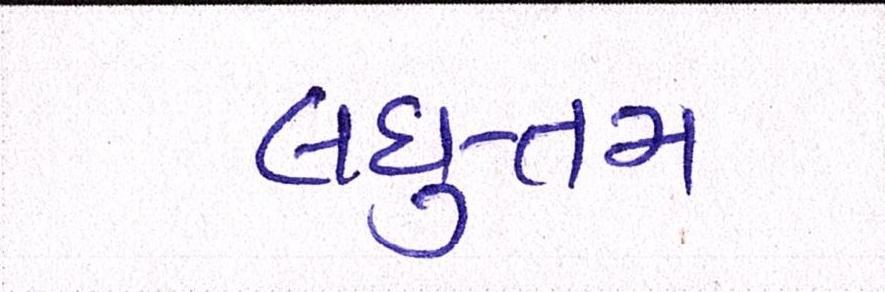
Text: લઘુત્તમ